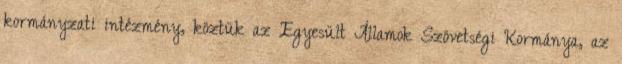
kormányzati intézmény, köztük az Egyesült Államok Szövetségi Kormánya, az